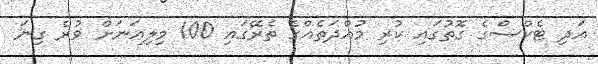
އަދި ޓެކްސްގެ ގޮތުގައި ކުރި މުއްދަތެއްގެ ތެރޭގައި 100 މިލިއަނަށް ވުރެ ގިނަ